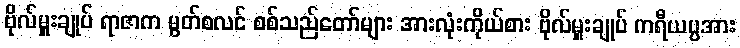
ဗိုလ်မှူးချုပ် ရာဇာက မွတ်စလင် စစ်သည်တော်များ အားလုံးကိုယ်စား ဗိုလ်မှူးချုပ် ကရီယပ္ပအား